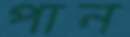
পান